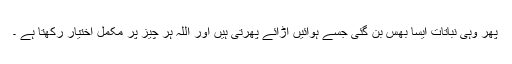
پھر وہی نباتات ایسا بُھس بن گئی جسے ہوائیں اڑائے پھرتی ہیں اور اللہ ہر چیز پر مکمل اختیار رکھتا ہے ۔